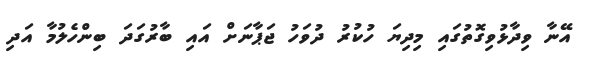
އޭނާ ވިދާޅުވިގޮތުގައި މިދިޔަ ހުކުރު ދުވަހު ޖަޕާނަށް އައި ބާރުގަދަ ބިންހެލުމާ އަދި